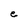
Character: e